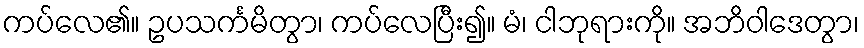
ကပ်လေ၏။ ဥပသင်္ကမိတွာ၊ ကပ်လေပြီး၍။ မံ၊ ငါဘုရားကို။ အဘိဝါဒေတွာ၊